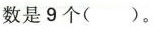
数是9个（）。